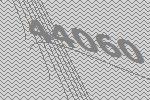
44060